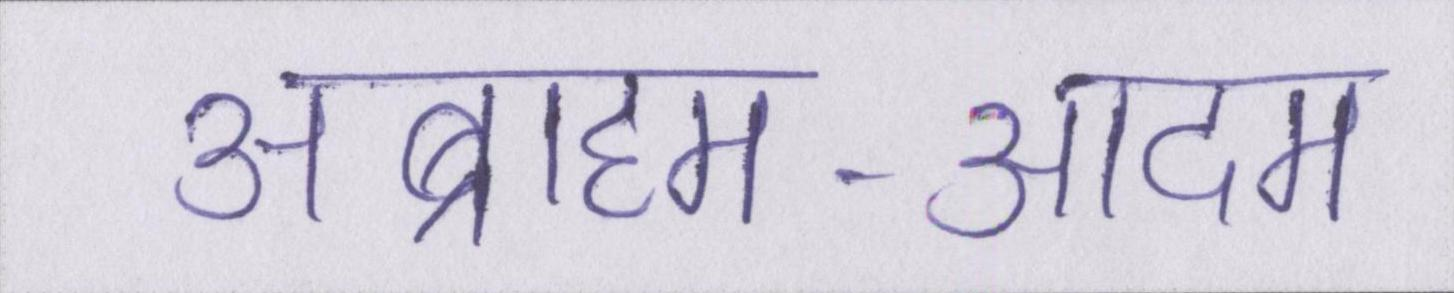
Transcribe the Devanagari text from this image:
अब्राहम-आदम